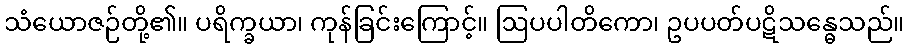
သံယောဇဉ်တို့၏။ ပရိက္ခယာ၊ ကုန်ခြင်းကြောင့်။ ဩပပါတိကော၊ ဥပပတ်ပဋိသန္ဓေသည်။